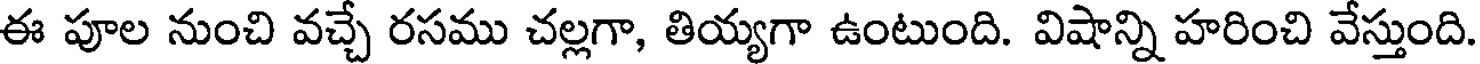
ఈ పూల నుంచి వచ్చే రసము చల్లగా, తియ్యగా ఉంటుంది. విషాన్ని హరించి వేస్తుంది